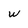
Character: w